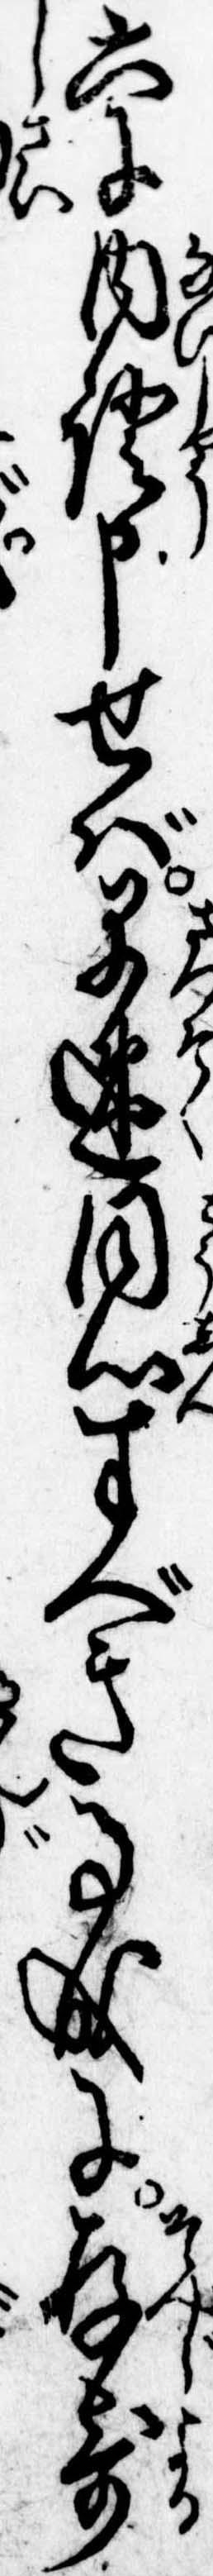
六に内証申せば早速同心すべき事成に存寄